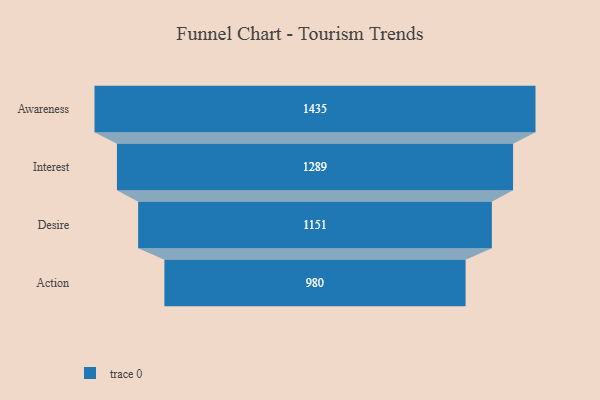
{"axis": {"x": "Stage", "y": "Value"}, "legend": [""], "data": [{"x": "Awareness", "y": 1435.0, "type": ""}, {"x": "Interest", "y": 1289.0, "type": ""}, {"x": "Desire", "y": 1151.0, "type": ""}, {"x": "Action", "y": 980.0, "type": ""}]}